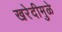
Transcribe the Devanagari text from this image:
खरेदीमुळे